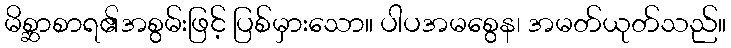
မိစ္ဆာစာရ၏အစွမ်းဖြင့် ပြစ်မှားသော။ ပါပအမစွေန၊ အမတ်ယုတ်သည်။